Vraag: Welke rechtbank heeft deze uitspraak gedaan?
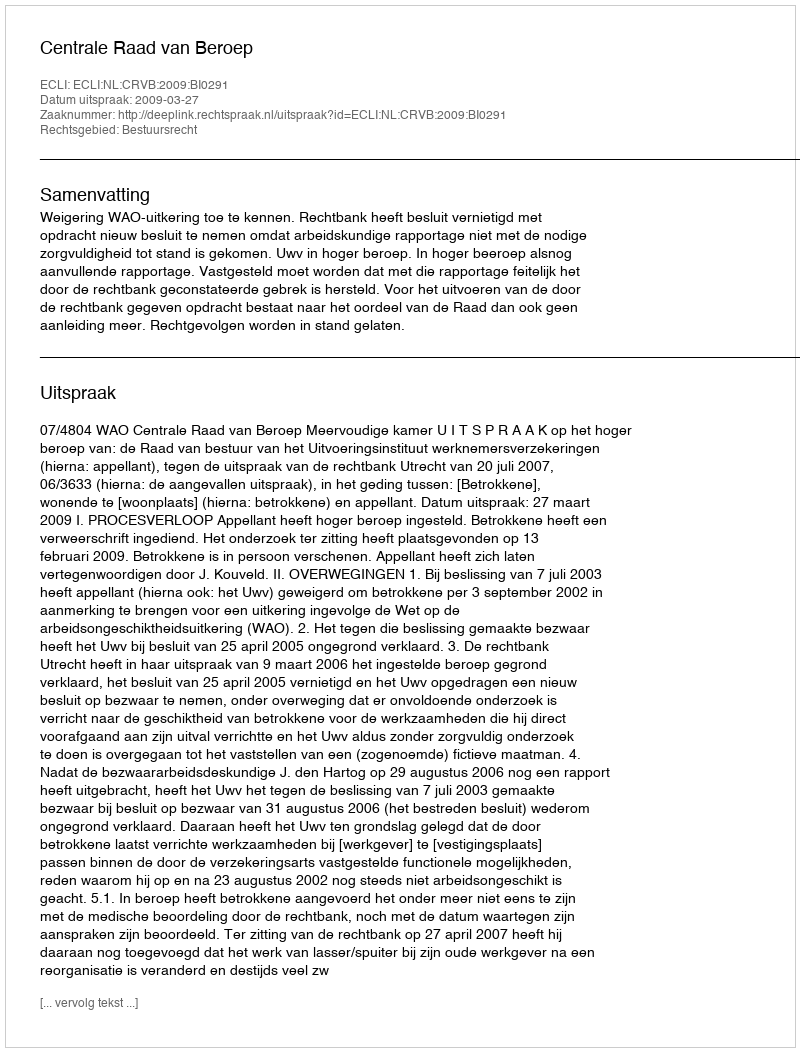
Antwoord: Centrale Raad van Beroep